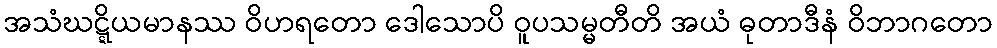
အသံဃဋ္ဋိယမာနဿ ဝိဟရတော ဒေါသောပိ ဝူပသမ္မတီတိ အယံ ဓုတာဒီနံ ဝိဘာဂတော